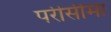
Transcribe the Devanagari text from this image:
परीसीमा